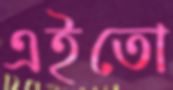
এইতো